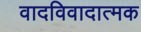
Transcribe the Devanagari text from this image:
वादविवादात्मक